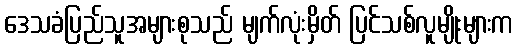
ဒေသခံပြည်သူအများစုသည် မျက်လုံးမှိတ် ပြင်သစ်လူမျိုးများက